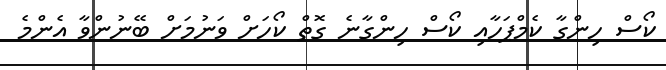
ކޯސް ހިންގާ ކެމްޕަހާއި ކޯސް ހިންގާނެ ގޮތް ކޯހަށް ވަނުމަށް ބޭނުންވާ އެންމެ